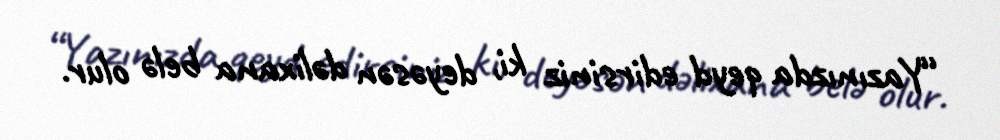
“Yazınızda qeyd edirsiniz ki, deyəsən dəlixana belə olur.